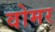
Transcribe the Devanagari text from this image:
वोमर